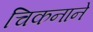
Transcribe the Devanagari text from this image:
चिकनाने